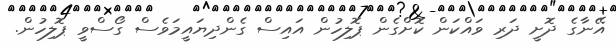
އޭނާގެ ދޮށީ ދަރި ވައްކަން ކޮށްގެން ޕޮލިހުން އައިސް ގެންދިޔައީމަވެސް ގޯސްވީ ޕޮލިހުން.